Reports on military cantonments and civil stations in the Presidency of Bombay inspected by the Sanitary Commissioner in the years 1875 and 1876
Year: 1875
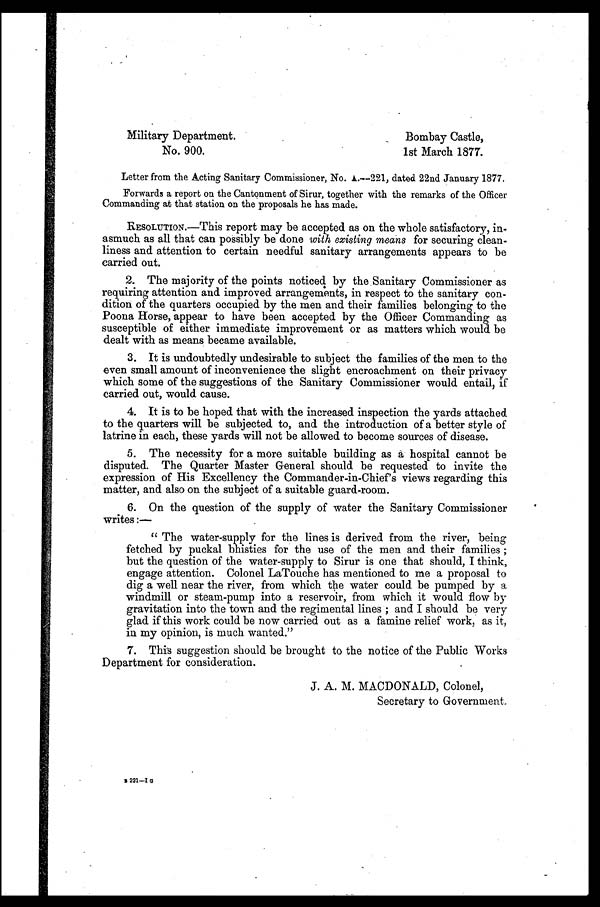
Military Department.
Bombay Castle,
No. 900.
1st March 1877.
Letter from the Acting Sanitary Commissioner, No. A.—221, dated 22nd January 1877.
Forwards a report on the Cantonment of Sirur, together with the remarks of the Officer
Commanding at that station on the proposals he has made.
RESOLUTION.—This report may be accepted as on the whole satisfactory, in-
asmuch as all that can possibly be done with existing means for securing clean-
liness and attention to certain needful sanitary arrangements appears to be
carried out.
2. The majority of the points noticed by the Sanitary Commissioner as
requiring attention and. improved arrangements, in respect to the sanitary con-
dition of the quarters occupied by the men and their families belonging to the
Poona Horse, appear to have been accepted by the Officer Commanding as
susceptible of either immediate improvement or as matters which would be
dealt with as means became available.
3. It is undoubtedly undesirable to subject the families of the men to the
even small amount of inconvenience the slight encroachment on their privacy
which some of the suggestions of the Sanitary Commissioner would entail, if
carried out, would cause.
4. It is to be hoped. that with the increased inspection the yards attached
to the quarters will be subjected. to, and the introduction of a better style of
latrine in each, these yards will not be allowed. to become sources of disease.
5. The necessity for a more suitable building as a hospital cannot be
disputed. The Quarter Master General should be requested to invite the
expression of His Excellency the Commander-in-Chief's views regarding this
matter, and also on the subject of a suitable guard-room.
6. On the question of the supply of water the Sanitary Commissioner
writes :-
''The water-supply for the lines is derived from the river, being
fetched by puckal bhisties for the use of the men and their families ;
but the question of the water-supply to Sirur is one that should, I think,
engage attention. Colonel LaTouche has mentioned to me a proposal to
dig a well near the river, from which tie water could be pumped by a
windmill or steam-pump into a reservoir, from which it would flow by
gravitation into the town and the regimental lines ; and I should be very
glad if this work could be now carried out as a famine relief work, as it,
in my opinion, is much wanted."
7. This suggestion should be brought to the notice of the Public Works
Department for consideration.
Secretary to Government.
B 221—I G